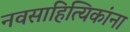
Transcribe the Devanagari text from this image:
नवसाहित्यिकांना